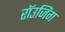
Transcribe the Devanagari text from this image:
रॉउजिंग